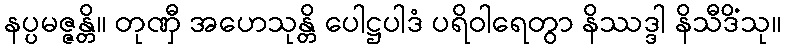
နပ္ပမဇ္ဇန္တိ။ တုဏှီ အဟေသုန္တိ ပေါဋ္ဌပါဒံ ပရိဝါရေတွာ နိဿဒ္ဒါ နိသီဒိံသု။